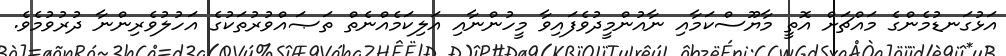
އަޅުގަނޑުމެންގެ މައްޗަށް އޮތީ މާޔޫސްކަމާއި ނާއުންމީދުވެފައިވާ މީހުންނާއި އަލިކަމެއްނެތް ތަޞައްވުރުތަކުގެ އަހުލުވެރިންނާ ދުރުވުމެވެ.